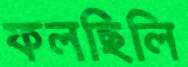
ফলছিলি